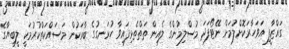
ގައްޒާފީ އަވަހާރަކޮށްލުމަށް ނޭޓޯފަދަ މުސްލިމުންގެ ލެއިން ތަތްތެޅިފައިވާ ހުޅަނގުގެ ބާރަކުން މަސައްކަތްކުރުމަކީ ލީބިޔާގެ